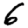
Digit: 6